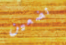
تضعين